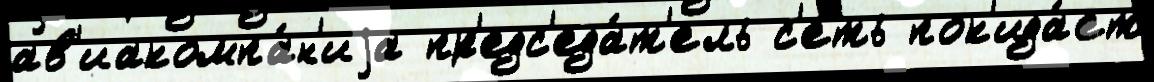
ав'иакомпа́н'иjа пр'едс'еда́т'ель с'еть пок'ида́ет